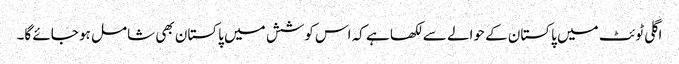
اگلی ٹوئٹ میں پاکستان کے حوالے سے لکھا ہے کہ اس کوشش میں پاکستان بھی شامل ہو جائے گا۔